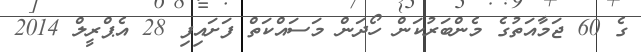
ގެ 60 ޖަމާއަތުގެ މެންބަރުކަން ހޯދަން މަސައްކަތް ފަށައިފި 28 އެޕްރީލް 2014